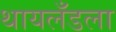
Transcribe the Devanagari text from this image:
थायलँडला